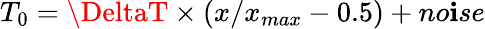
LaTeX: T_{0}=\DeltaT\times\left(x/x_{max}-0.5\right)+no\mathbf{i}se